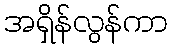
အရှိန်လွန်ကာ